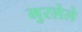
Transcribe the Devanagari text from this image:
मुरलेले